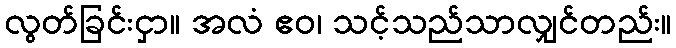
လွတ်ခြင်းငှာ။ အလံ ဧဝ၊ သင့်သည်သာလျှင်တည်း။